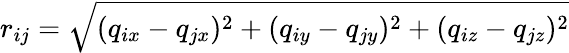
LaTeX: r_{ij}=\sqrt{(q_{ix}-q_{jx})^{2}+(q_{iy}-q_{jy})^{2}+(q_{iz}-q_{jz})^{2}}